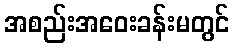
အစည်းအဝေးခန်းမတွင်